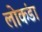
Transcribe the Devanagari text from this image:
लोकंडा